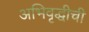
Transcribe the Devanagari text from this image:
अभिवृद्धीची